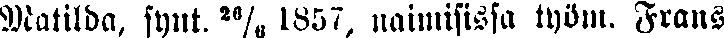
Matilda, synt, 26/6 1857, naimisissa työm. Frans